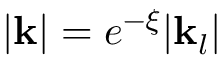
| \mathbf { k } | = e ^ { - \xi } | \mathbf { k } _ { l } |